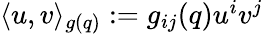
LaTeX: \begin{array}{r}{\langle u,v\rangle_{g(q)}:=g_{ij}(q)u^{i}v^{j}}\end{array}